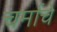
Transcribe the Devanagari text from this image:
चर्माचे